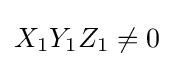
{\textstyle X_{1}Y_{1}Z_{1}\neq 0}